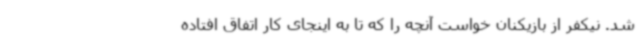
شد. نیکفر از بازیکنان خواست آنچه را که تا به اینجای کار اتفاق افتاده